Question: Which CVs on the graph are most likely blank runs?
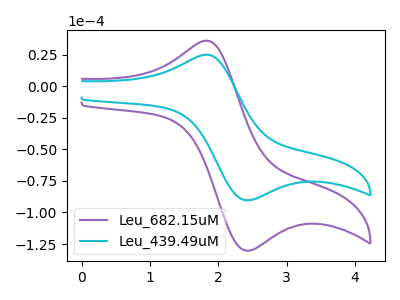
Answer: <think>The purple curve "Leu_682.15uM" has an anodic peak at (1.80V, 36.25uA) and a cathodic peak at (2.45V, -130.25uA). The cyan curve "Leu_439.49uM" has an anodic peak at (1.80V, 25.15uA) and a cathodic peak at (2.45V, -90.25uA).</think>
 <answer>There are not any CV's on this graph that are likely to be blanks.</answer>
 <eval>none</eval>